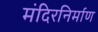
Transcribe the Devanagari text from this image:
मंदिरनिर्माण